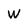
Character: W